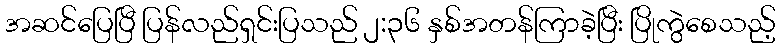
အဆင်ပြေပြီ ပြန်လည်ရှင်းပြသည် ၂:၃၆ နှစ်အတန်ကြာခဲ့ပြီး ပြိုကွဲစေသည့်